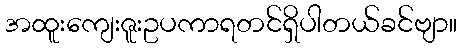
အထူးကျေးဇူးဥပကာရတင်ရှိပါတယ်ခင်ဗျာ။